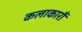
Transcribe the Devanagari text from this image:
कलाकारौं